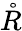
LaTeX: \mathring{R}